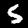
Label: 5